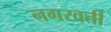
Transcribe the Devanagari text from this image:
नगरवर्ती